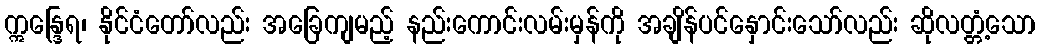
ဣန္ဒြေရ၊ နိုင်ငံတော်လည်း အခြေကျမည့် နည်းကောင်းလမ်းမှန်ကို အချိန်ပင်နှောင်းသော်လည်း ဆိုလတ္တံ့သော